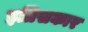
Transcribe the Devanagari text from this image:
इतिसकार